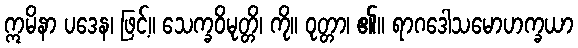
ဣမိနာ ပဒေန၊ ဖြင့်။ သေက္ခဝိမုတ္တိ၊ ကို။ ဝုတ္တာ၊ ၏။ ရာဂဒေါသမောဟက္ခယာ